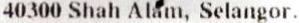
40300 SHAH ALAM, SELANGOR.